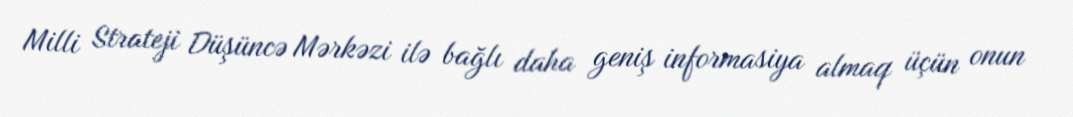
Milli Strateji Düşüncə Mərkəzi ilə bağlı daha geniş informasiya almaq üçün onun